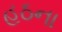
હઠના